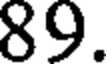
89.